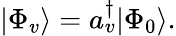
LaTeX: \begin{array}{r}{|\Phi_{v}\rangle=a_{v}^{\dagger}|\Phi_{0}\rangle.}\end{array}